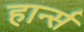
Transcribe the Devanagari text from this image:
हार्न्स